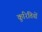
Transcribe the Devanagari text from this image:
कूरितियों